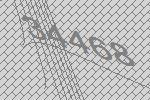
34468